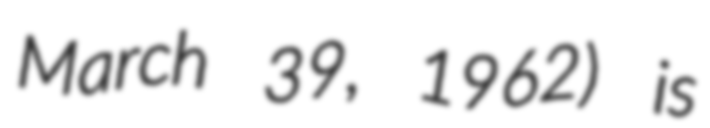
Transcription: March 39, 1962) is